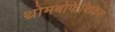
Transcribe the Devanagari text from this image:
थ्रोमबोफेबिटिस